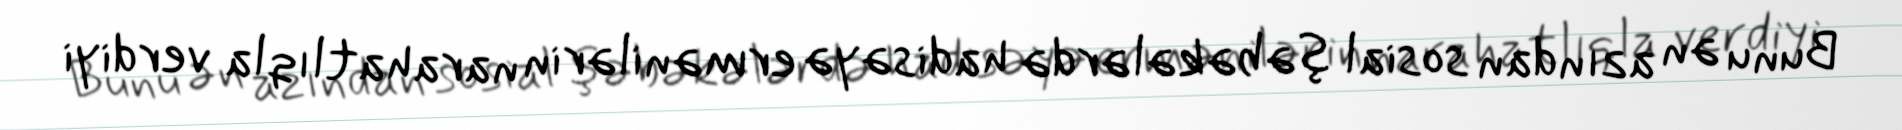
Bunu ən azından sosial şəbəkələrdə hadisəyə ermənilərin narahatlıqla verdiyi